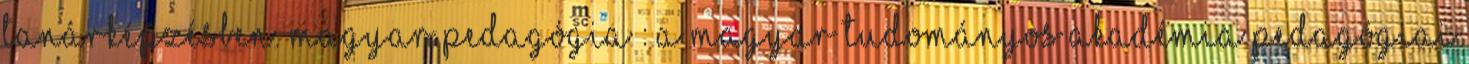
tanárképzésben. Magyar pedagógia : a Magyar Tudományos Akadémia Pedagógiai